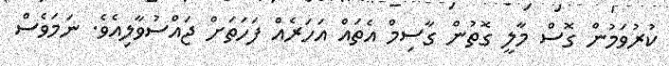
ކުރުވަމުން ގޮސް މާލީ ގޮތުން ގާސިމް އެތައް އަހަރެއް ފަހަތަށް ޖައްސުވާލިއެވެ. ނަމަވެސް